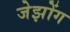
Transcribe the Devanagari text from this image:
जेझोंग